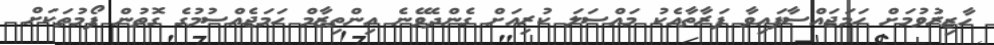
ހާޒިރުވުމަށް ހަމަޖައްސާފައިވާ ފަރާތާއެކު މައްސަލަ ކުރިއަށް ގެންދެވޭނެ އިންތިޒާމް ހަމަޖެއްސުމުގެ ގޮތުން ފޯމުތަކަށް